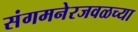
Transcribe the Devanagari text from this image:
संगमनेरजवळच्या